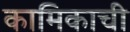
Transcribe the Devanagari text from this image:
कामिकाची